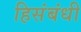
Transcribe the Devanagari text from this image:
हिसंबंधी